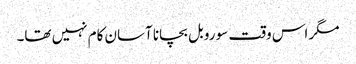
مگر اس وقت سو روبل بچانا آسان کام نہیں تھا۔